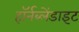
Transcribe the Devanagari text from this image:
हॉर्नब्लेंडाइट